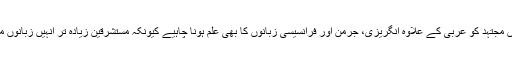
دور حاضر میں مجتہد کو عربی کے علاوہ انگریزی، جرمن اور فرانسیسی زبانوں کا بھی علم ہونا چاہیے کیونکہ مستشرقین زیادہ تر انہیں زبانوں میں لکھتے ہیں۔